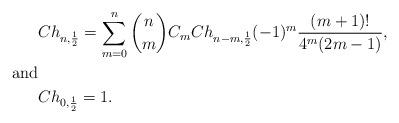
LaTeX: \begin{align*}&Ch_{n,\frac{1}{2}} = \sum_{m=0}^n {n \choose m} C_m Ch_{n-m, \frac{1}{2}}(-1)^{m}\frac{(m+1)! }{4^m(2m-1)}, \\\textnormal{and}& \\&Ch_{0,\frac{1}{2}} = 1.\end{align*}